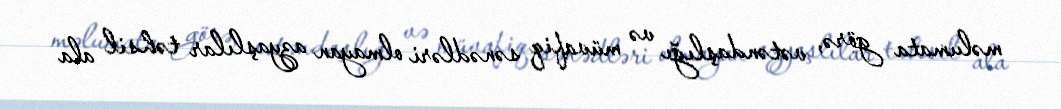
məlumata görə, vətəndaşlığı və müvafiq sənədləri olmayan azyaşlılar təhsil ala